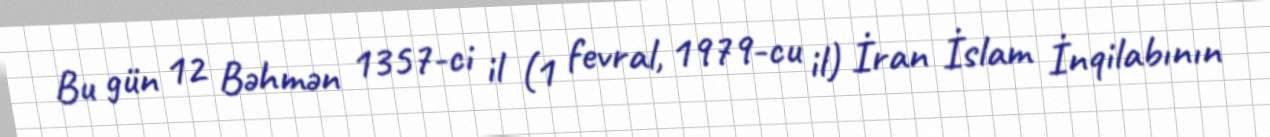
Bu gün 12 Bəhmən 1357-ci il (1 fevral, 1979-cu il) İran İslam İnqilabının